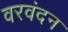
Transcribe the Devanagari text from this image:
वरवंदन